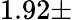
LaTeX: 1.92\pm